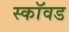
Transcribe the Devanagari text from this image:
स्कॉवड